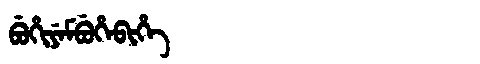
Manchu: ᠪᡠᡥᡳᠶᡝᠮᠪᡠᡥᡝᠪᡳᡥᡝ
Romanization: BUHIYEMBUHEBIHE